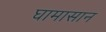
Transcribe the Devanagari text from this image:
घामासान